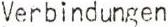
Verbindungen